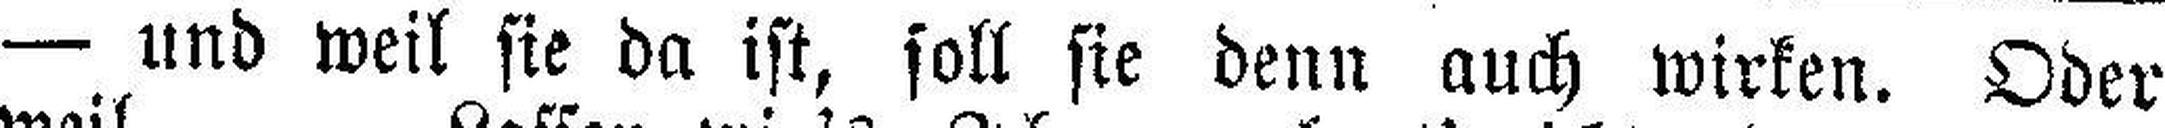
— und weil sie da ist, soll sie denn auch wirken. Oder